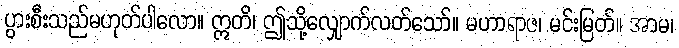
ပွားစီးသည်မဟုတ်ပါလော။ ဣတိ၊ ဤသို့လျှောက်လတ်သော်။ မဟာရာဇ၊ မင်းမြတ်။ အာမ၊